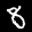
Label: 8